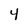
Character: 4